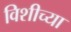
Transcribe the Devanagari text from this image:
विशीच्या